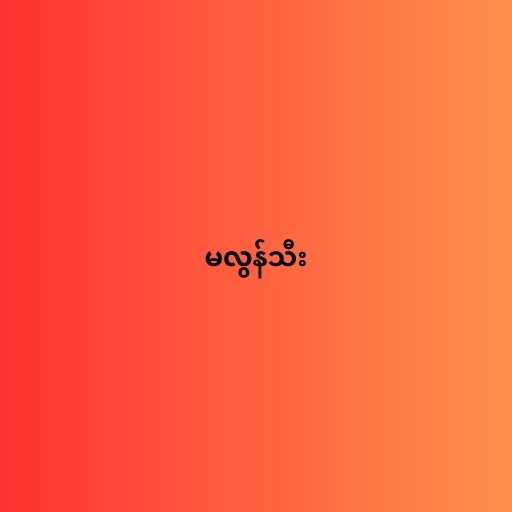
မလွန်သီး